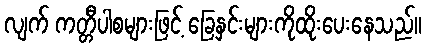
လျက် ကတ္တီပါစများဖြင့် ခြေနှင်းများကိုထိုးပေးနေသည်။